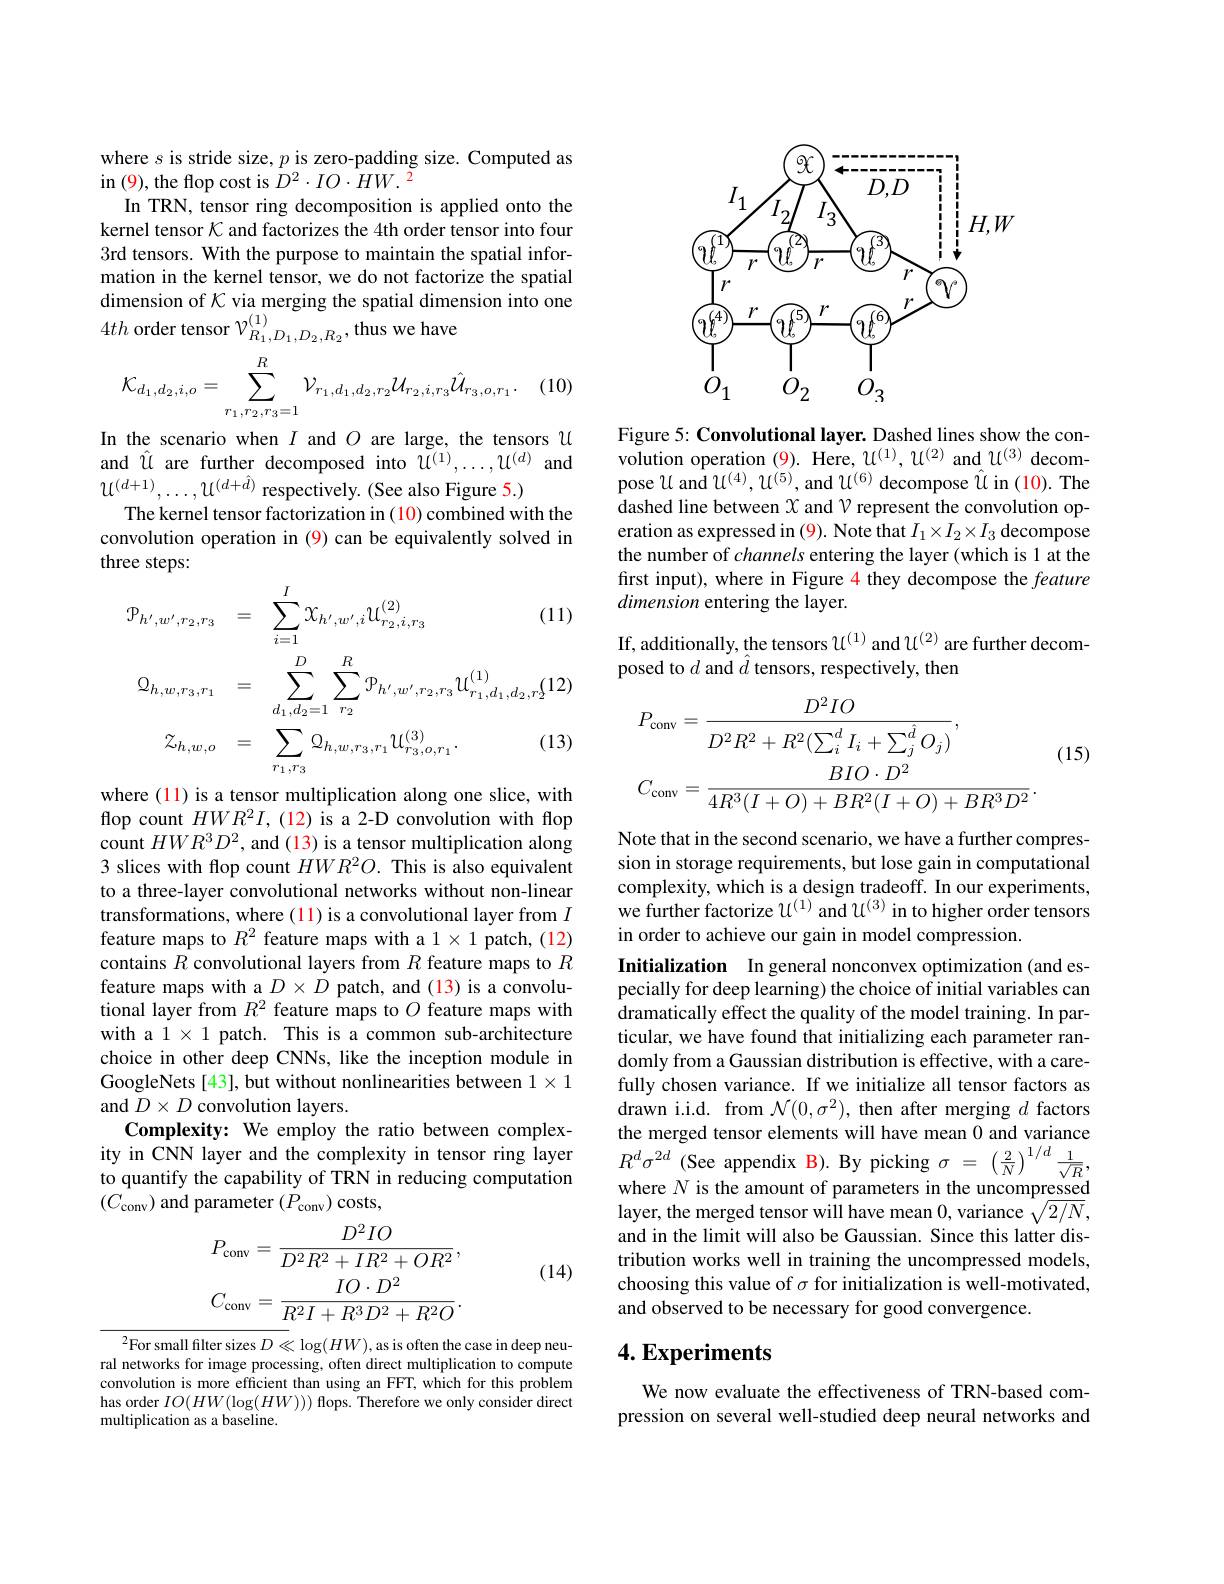
where $s$ is stride size, $p$ is zero-padding size. Computed as
in (9), the flop cost is $D^2\cdot IO\cdot\hat{H}W.^{2}$
In TRN, tensor ring decomposition is applied onto the kernel tensor $K$ and factorizes the 4th order tensor into four 3rd tensors. With the purpose to maintain the spatial information in the kernel tensor, we do not factorize the spatial dimension of $\mathcal{K}$ via merging the spatial dimension into one $4th$ order tensor $\mathcal{V}_R_1,D_1,D_2,R_2$, thus we have
$$\mathcal{K}_{d_1,d_2,i,o}=\sum_{r_1,r_2,r_3=1}^R\mathcal{V}_{r_1,d_1,d_2,r_2}\mathcal{U}_{r_2,i,r_3}\hat{\mathcal{U}}_{r_3,o,r_1}.$$
(10)

In the scenario when $I$ and $O$ are large, the tensors U and $\hat{u}$ are further decomposed into $u^{(1)},\ldots,u^{(d)}$ and $u^{(d+1)},\ldots,u^{(d+\hat{d})}$ respectively. (See also Figure 5.)
The kernel tensor factorization in (10) combined with the convolution operation in (9) can be equivalently solved in three steps:
$$\begin{aligned}\mathcal{P}_{h^{\prime},w^{\prime},r_{2},r_{3}}&=\quad\sum_{i=1}^{I}\mathcal{X}_{h^{\prime},w^{\prime},i}\mathcal{U}_{r_{2},i,r_{3}}^{(2)}&\text{(11}\\\mathcal{Q}_{h,w,r_{3},r_{1}}&=\quad\sum_{d_{1},d_{2}=1}^{D}\sum_{r_{2}}^{R}\mathcal{P}_{h^{\prime},w^{\prime},r_{2},r_{3}}\mathcal{U}_{r_{1},d_{1},d_{2},r_{2}}^{(1)}\mathcal{L}\\\mathcal{Z}_{h,w,o}&=\quad\sum_{r_{1},r_{3}}\mathcal{Q}_{h,w,r_{3},r_{1}}\mathcal{U}_{r_{3},o,r_{1}}^{(3)}.&\text{(12}\\\end{aligned}$$
where (11) is a tensor multiplication along one slice, with flop count $HWR^2I$, (12) is a 2-D convolution with flop count $HWR^3D^2$, and (13) is a tensor multiplication along 3 slices with flop count $HWR^2O.$ This is also equivalent to a three-layer convolutional networks without non-linear transformations, where (11) is a convolutional layer from $I$ feature maps to $R^2$ feature maps with a 1 patch, (12) contains $R$ convolutional layers from $R$ feature maps to $R$ feature maps with a $D\times\dot{D}$ patch, and (13) is a convolutional layer from $R^2$ feature maps to $O$ feature maps with with a 1 × 1 patch. This is a common sub-architecture choice in other deep CNNs, like the inception module in GoogleNets [43], but without nonlinearities between $1\times1$ and $D\times D$ convolution layers.
Complexity: We employ the ratio between complexity in CNN layer and the complexity in tensor ring layer to quantify the capability of TRN in reducing computation $(C_{\mathrm{conv}})$ and parameter $(P_\mathrm{conv})$ costs,
$$P_{\mathrm{conv}}=\frac{D^{2}IO}{D^{2}R^{2}+IR^{2}+OR^{2}},\\C_{\mathrm{conv}}=\frac{IO\cdot D^{2}}{R^{2}I+R^{3}D^{2}+R^{2}O}.$$
(14)

$^{2}$For small filter sizes $D\ll\log(HW)$, as is often the case in deep neural networks for image processing, often direct multiplication to compute convolution is more efficient than using an FFT, which for this problem has order $IO(HW(\log(HW)))$ flops. Therefore we only consider direct multiplication as a baseline.

<FigureHere>

Figure 5: Convolutional layer. Dashed lines show the convolution operation (9). Here, $u^{(1)},u^{(2)}$ and $u^{(3)}$ decompose $u$ and $u^{(4)},u^{(5)}$, and $u^{(6)}$ decompose $\hat{u}$ in (10). The dashed line between $X$ and $\mathcal{V}$ represent the convolution operation as expressed in (9). Note that $I_1\times I_2\times I_3$ decompose the number of channels entering the layer (which is 1 at the first input), where in Figure 4 they decompose the feature dimension entering the layer.

If, additionally, the tensors $u^{(1)}$ and $u^{(2)}$ are further decom-
posed to $d$ and $\hat{d}$ tensors, respectively, then
$$\begin{aligned}&P_{\mathrm{conv}}=\frac{D^{2}IO}{D^{2}R^{2}+R^{2}(\sum_{i}^{d}I_{i}+\sum_{j}^{\hat{d}}O_{j})},\\&C_{\mathrm{conv}}=\frac{BIO\cdot D^{2}}{4R^{3}(I+O)+BR^{2}(I+O)+BR^{3}D^{2}}.\end{aligned}$$
(15)

Note that in the second scenario, we have a further compression in storage requirements, but lose gain in computational complexity, which is a design tradeoff. In our experiments, we further factorize $u^{(1)}$ and $u^{(3)}$ in to higher order tensors in order to achieve our gain in model compression.
Initialization In general nonconvex optimization (and especially for deep learning) the choice of initial variables can dramatically effect the quality of the model training. In particular, we have found that initializing each parameter randomly from a Gaussian distribution is effective, with a carefully chosen variance. If we initialize all tensor factors as drawn i.i.d. from $\mathcal{N}(0,\sigma^2)$, then after merging $d$ factors the merged tensor elements will have mean 0 and variance $R^{d}\sigma ^{2d}$ (See appendix B). By picking $\sigma =$ $\left ( \frac 2N\right ) ^{1/ d}\frac 1{\sqrt {R}}$, where $N$ is the amount of parameters in the uncompressed layer, the merged tensor will have mean 0, variance $\sqrt{2/N}$, and in the limit will also be Gaussian. Since this latter distribution works well in training the uncompressed models, choosing this value of $\sigma$ for initialization is well-motivated, and observed to be necessary for good convergence.

### $4. \textbf{Experiments}$

We now evaluate the effectiveness of TRN-based compression on several well-studied deep neural networks and